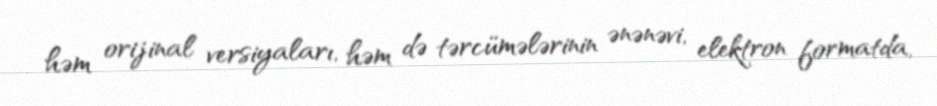
həm orijinal versiyaları, həm də tərcümələrinin ənənəvi, elektron formatda,